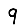
Digit: 9